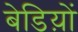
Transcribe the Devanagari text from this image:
बेडिय़ों